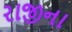
રાજીના